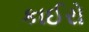
કાઈરો